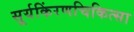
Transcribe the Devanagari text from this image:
सूर्यकिंरणचिकित्सा